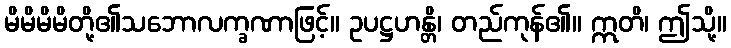
မိမိမိမိတို့၏သဘောလက္ခဏာဖြင့်။ ဥပဋ္ဌဟန္တိ၊ တည်ကုန်၏။ ဣတိ၊ ဤသို့။